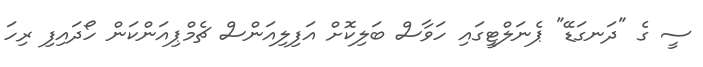
ސީ ގެ "ދަނގަޑޭ" ޕެނަލްޓީގައި ހަވާސް ބަލިކޮށް އަފިލިއަންސް ޗެމްޕިއަންކަން ހޯދައިފި ރިހަ